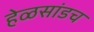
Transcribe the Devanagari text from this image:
हेळसांडच